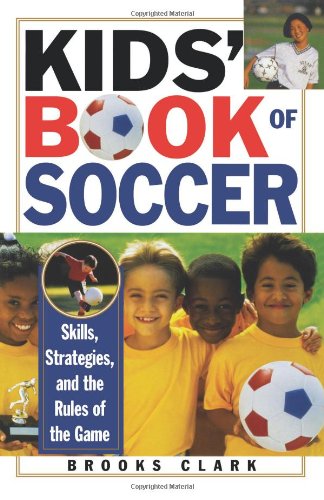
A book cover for Kids' Book of Soccer: Skills, Strategies, and the Rules of the Game; Brooks Clark; Children's Books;